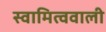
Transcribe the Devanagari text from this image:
स्वामित्ववाली